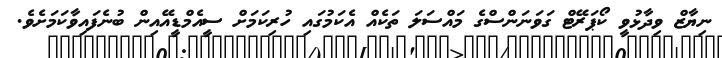
ނިޔާޒް ވިދާޅުވީ ކޯޕަރޭޓް ގަވަނަންސްގެ މައްސަލަ ތަކެއް އެކަމުގައި ހުރިކަމަށް ސީއެމްޑީއޭއިން ބުނެފައިވާކަމަށެވެ.